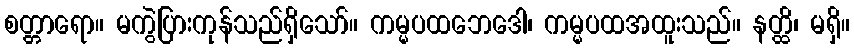
စတ္တာရော။ မကွဲပြားကုန်သည်ရှိသော်။ ကမ္မပထဘေဒေါ၊ ကမ္မပထအထူးသည်။ နတ္ထိ၊ မရှိ။